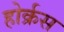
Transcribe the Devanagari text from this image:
होर्क्रस